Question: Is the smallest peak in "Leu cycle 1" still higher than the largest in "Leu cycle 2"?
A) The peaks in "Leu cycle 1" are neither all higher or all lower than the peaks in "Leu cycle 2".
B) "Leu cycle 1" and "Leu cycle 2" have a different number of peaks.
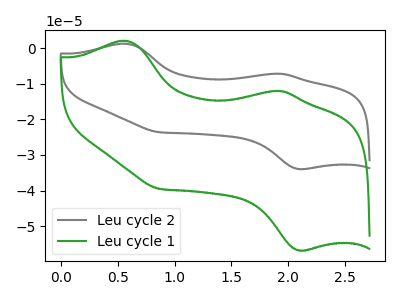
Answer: <think>The gray curve "Leu cycle 2" has anodic peaks at (0.55V, 1.25uA) (1.90V, -7.20uA) and cathodic peaks at (2.10V, -33.95uA) (0.85V, -23.60uA). The green curve "Leu cycle 1" has anodic peaks at (0.55V, 2.05uA) (1.90V, -12.00uA) and cathodic peaks at (2.10V, -56.80uA) (0.85V, -39.50uA).</think>
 <answer>A) The peaks in "Leu cycle 1" are neither all higher or all lower than the peaks in "Leu cycle 2".</answer>
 <eval>A</eval>